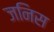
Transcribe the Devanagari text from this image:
जनिस